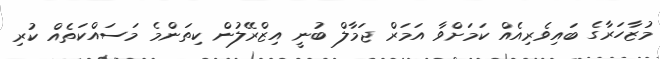
މުޒާހަރާގެ ބައިވެރިއެއް ކަމަށްވާ އަމަރް ޖަމާލް ބުނީ އިޒްރޭލުން ކިތަންމެ މަސައްކަތެއް ކުރި